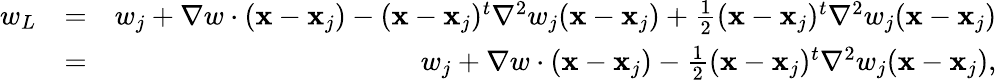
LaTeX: \begin{array}{rlr}{w_{L}}&{=}&{w_{j}+\nabla w\cdot({\mathbf x}-{\mathbf x}_{j})-({\mathbf x}-{\mathbf x}_{j})^{t}{\nabla}^{2}w_{j}({\mathbf x}-{\mathbf x}_{j})+\frac{1}{2}({\mathbf x}-{\mathbf x}_{j})^{t}{\nabla}^{2}w_{j}({\mathbf x}-{\mathbf x}_{j})}\\ &{=}&{w_{j}+\nabla w\cdot({\mathbf x}-{\mathbf x}_{j})-\frac{1}{2}({\mathbf x}-{\mathbf x}_{j})^{t}{\nabla}^{2}w_{j}({\mathbf x}-{\mathbf x}_{j}),}\end{array}